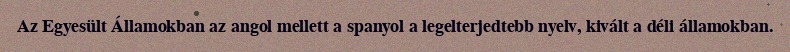
Az Egyesült Államokban az angol mellett a spanyol a legelterjedtebb nyelv, kivált a déli államokban.